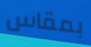
بمقاس